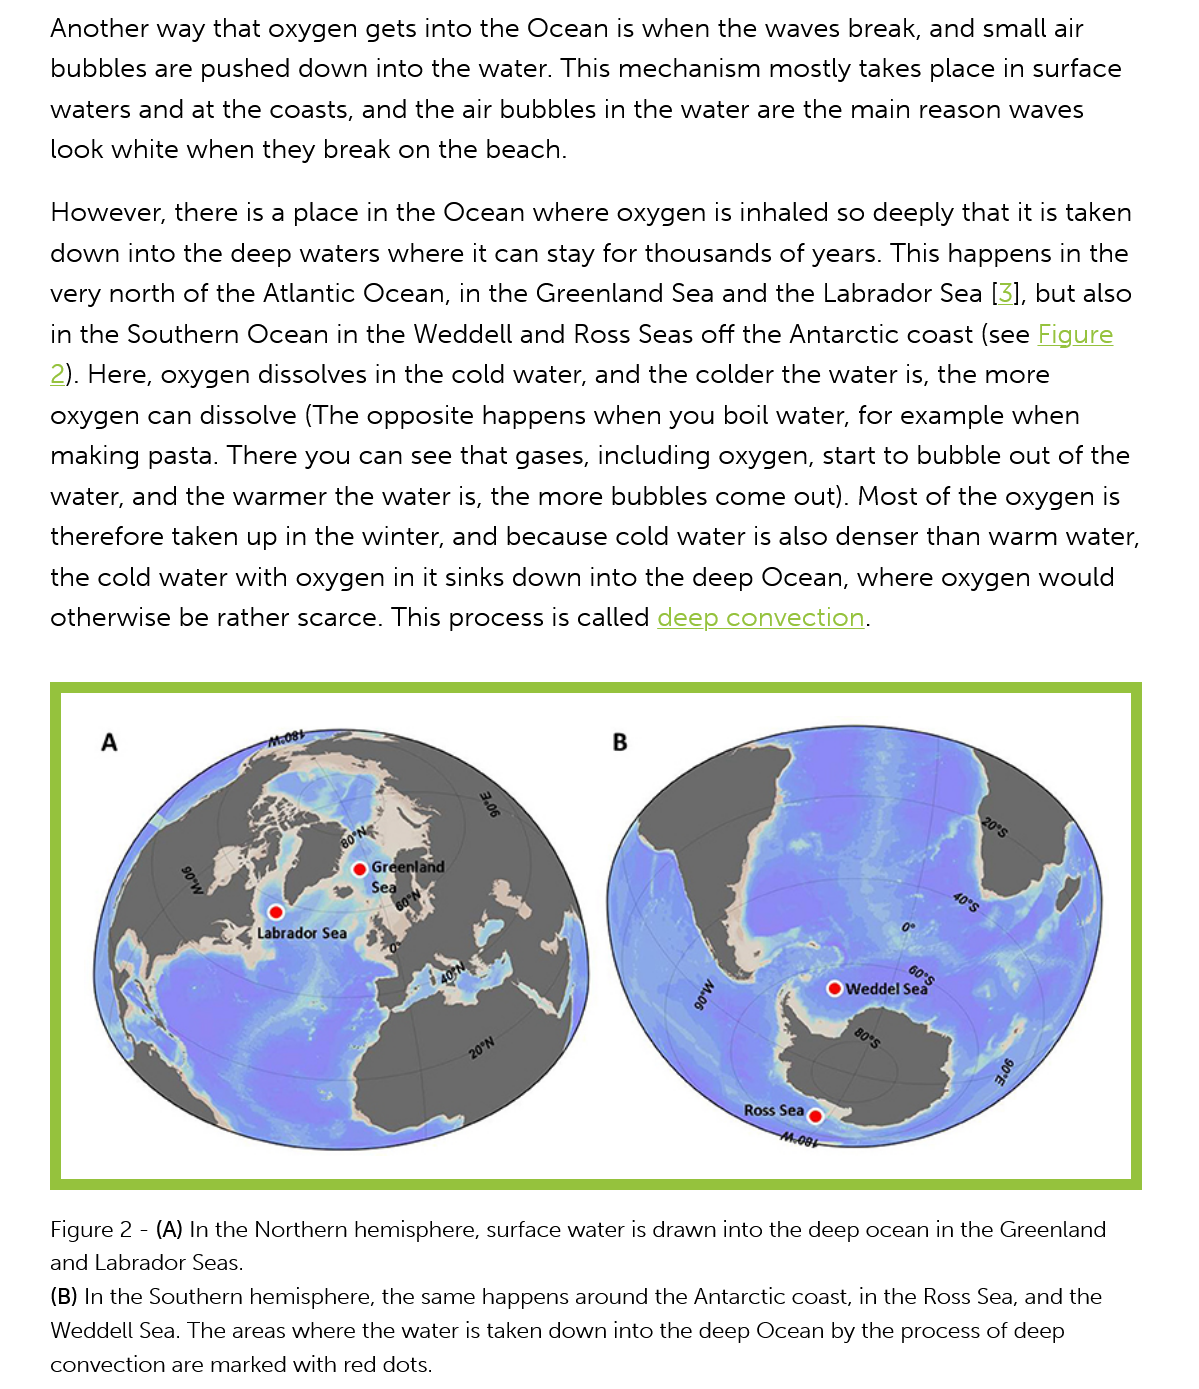
Another way that oxygen  gets into the Ocean is when the waves  break, and small air
     bubbles are pushed down into  the water. This mechanism  mostly takes place in surface
     waters and at the coasts, and the air bubbles in the water are the main reason waves
     look white when they  break on the beach.
     However,  there is a place in the Ocean where oxygen is inhaled so deeply that it is taken
     down into the deep  waters where it can stay for thousands of years. This happens in the
     very north of the Atlantic Ocean, in the Greenland Sea and the Labrador Sea [3], but also
     in the Southern Ocean in the Weddell and  Ross Seas off the Antarctic coast (see Figure
     2). Here, oxygen dissolves in the cold water, and the colder the water is, the more
     oxygen can  dissolve (The opposite happens when  you  boil water, for example when
     making  pasta. There you can see that gases, including oxygen, start to bubble out of the
     water, and the warmer the water is, the more bubbles come out). Most  of the oxygen is
     therefore taken up in the winter, and because cold water is also denser than warm water,
     the cold water with oxygen in it sinks down into the deep Ocean, where oxygen  would
     otherwise be rather scarce. This process is called deep convection.
     Figure 2
     -
     (A) In the Northern hemisphere, surface water is drawn into the deep ocean in the Greenland
     and Labrador Seas.
     (B) In the Southern hemisphere, the same happens around the Antarctic coast, in the Ross Sea, and the
     Weddell Sea. The areas where the water is taken down into the deep Ocean by the process of deep
     convection are marked with red dots.